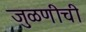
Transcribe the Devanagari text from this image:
जुळणीची